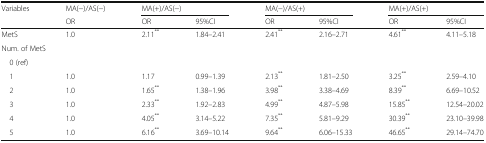
| Variables | MA(−)/AS(−) | <COLSPAN=2> MA(+)/AS(−) | <COLSPAN=2> MA(−)/AS(+) | <COLSPAN=2> MA(+)/AS(+) |
 |  | OR | OR | 95%CI | OR | 95%CI | OR | 95%CI |
 | --- | --- | --- | --- | --- | --- | --- | --- |
 | MetS | 1.0 | 2.11** | 1.84–2.41 | 2.41** | 2.16–2.71 | 4.61** | 4.11–5.18 |
 | <COLSPAN=2> Num. of MetS |  |  |  |  |  |  |
 | <COLSPAN=2> 0 (ref) |  |  |  |  |  |  |
 | 1 | 1.0 | 1.17 | 0.99–1.39 | 2.13** | 1.81–2.50 | 3.25** | 2.59–4.10 |
 | 2 | 1.0 | 1.65** | 1.38–1.96 | 3.98** | 3.38–4.69 | 8.39** | 6.69–10.52 |
 | 3 | 1.0 | 2.33** | 1.92–2.83 | 4.99** | 4.87–5.98 | 15.85** | 12.54–20.02 |
 | 4 | 1.0 | 4.05** | 3.14–5.22 | 7.35** | 5.81–9.29 | 30.39** | 23.10–39.98 |
 | 5 | 1.0 | 6.16** | 3.69–10.14 | 9.64** | 6.06–15.33 | 46.65** | 29.14–74.70 |